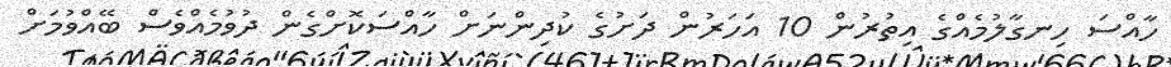
ހާއްސަ ހިނގާލުމެއްގެ އިތުރުން 10 އަހަރުން ދަށުގެ ކުދިންނަށް ހާއްސަކޮށްގެން ދުވުމެއްވެސް ބޭއްވުމަށް